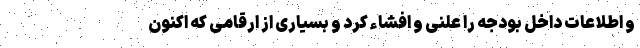
و اطلاعات داخل بودجه را علنی و افشاء کرد و بسیاری از ارقامی که اکنون